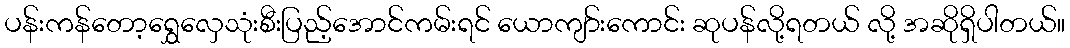
ပန်းကန်တော့ရွှေလှေသုံးစီးပြည့်အောင်ကမ်းရင် ယောကျာ်းကောင်း ဆုပန်လို့ရတယ် လို့ အဆိုရှိပါတယ်။